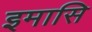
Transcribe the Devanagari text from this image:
इमासि